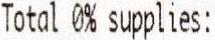
TOTAL 0% SUPPLIES: